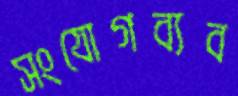
সংযোগব্যব